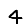
Digit: 4